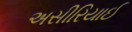
અસીરિયાઈ